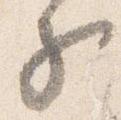
子